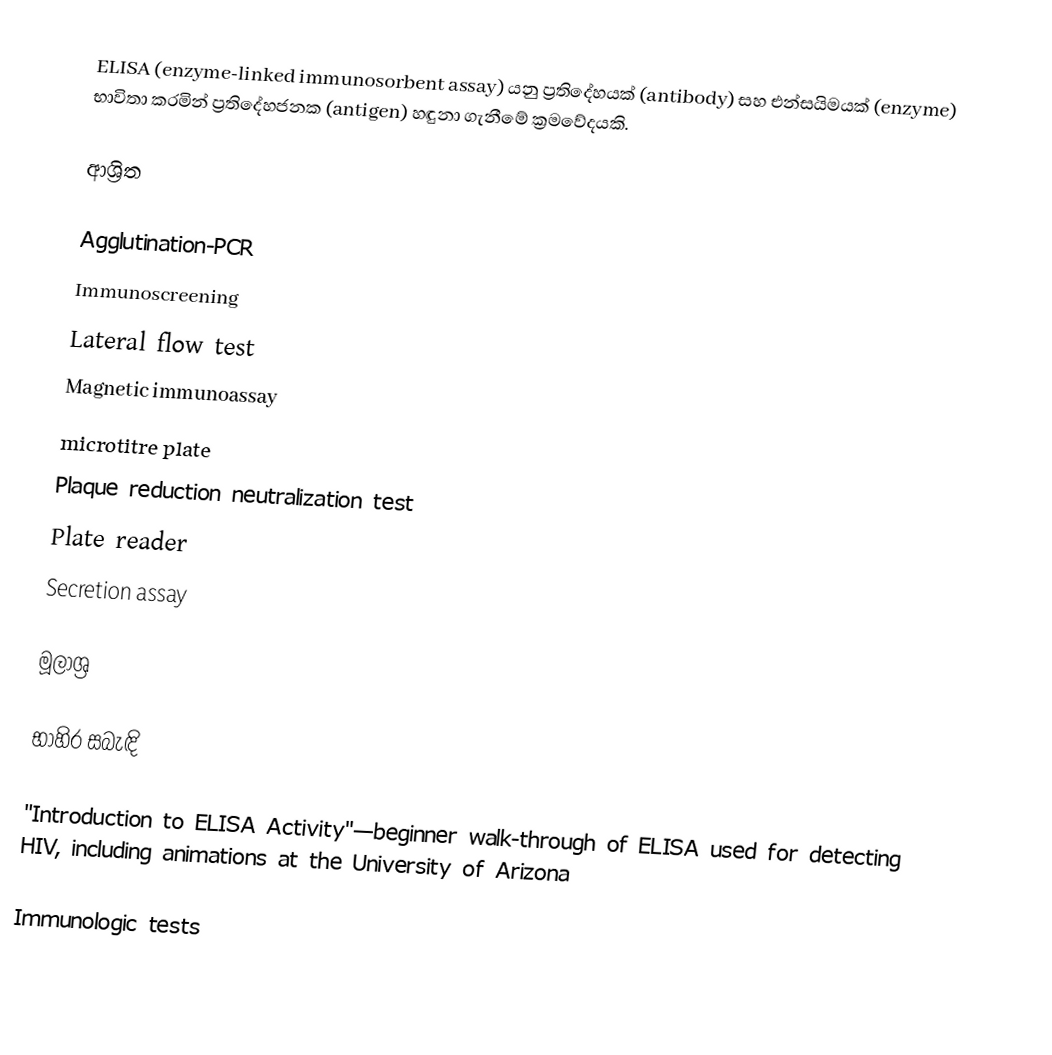
ELISA (enzyme-linked immunosorbent assay) යනු ප්‍රතිදේහයක් (antibody) සහ එන්සයිමයක් (enzyme) භාවිතා කරමින් ප්‍රතිදේහජනක (antigen) හඳුනා ගැනීමේ ක්‍රමවේදයකි.

ආශ්‍රිත

 Agglutination-PCR
 Immunoscreening
 Lateral flow test
 Magnetic immunoassay
 microtitre plate
 Plaque reduction neutralization test
 Plate reader
 Secretion assay

මූලාශ්‍ර

භාහිර සබැඳි

 "Introduction to ELISA Activity"—beginner walk-through of ELISA used for detecting HIV, including animations at the University of Arizona

Immunologic tests